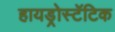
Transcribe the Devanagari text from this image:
हायड्रोस्टॅटिक